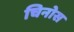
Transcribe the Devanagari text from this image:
चिनोस